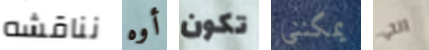
نناقشه أوه تكون يمكنني التي